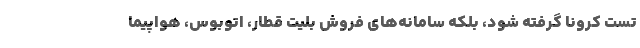
تست کرونا گرفته شود، بلکه سامانه‌های فروش بلیت قطار، اتوبوس، هواپیما